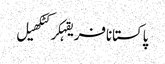
پاکستانافریقہکرکٹکھیل